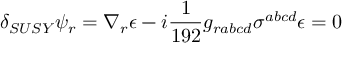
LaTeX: \delta _ { S U S Y } \psi _ { r } = \nabla _ { r } \epsilon - i { \frac { 1 } { 1 9 2 } } g _ { r a b c d } \sigma ^ { a b c d } \epsilon = 0